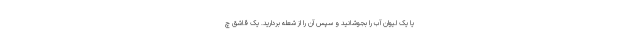
یا یک لیوان آب را بجوشانید و سپس آن را از شعله بردارید. یک قاشق چ